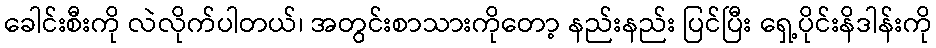
ခေါင်းစီးကို လဲလိုက်ပါတယ်၊ အတွင်းစာသားကိုတော့ နည်းနည်း ပြင်ပြီး ရှေ့ပိုင်းနိဒါန်းကို